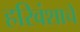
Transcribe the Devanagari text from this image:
हरिवंशाचें